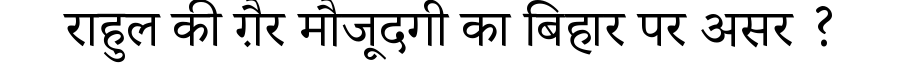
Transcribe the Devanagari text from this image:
राहुल की ग़ैर मौजूदगी का बिहार पर असर ?